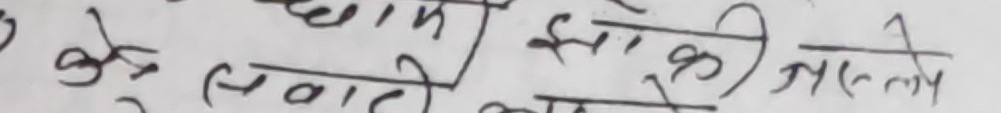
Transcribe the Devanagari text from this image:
के लडाई काम इस की जस्तै